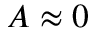
A \approx 0